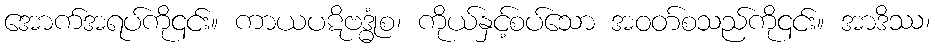
အောက်အရပ်ကို၎င်း။ ကာယပဋိဗဒ္ဓုံစ၊ ကိုယ်နှင့်စပ်သော အဝတ်စသည်ကို၎င်း။ အာဒိဿ၊